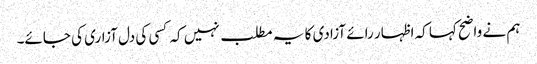
ہم نے واضح کہا کہ اظہار رائے آزادی کا یہ مطلب نہیں کہ کسی کی دل آزاری کی جائے۔